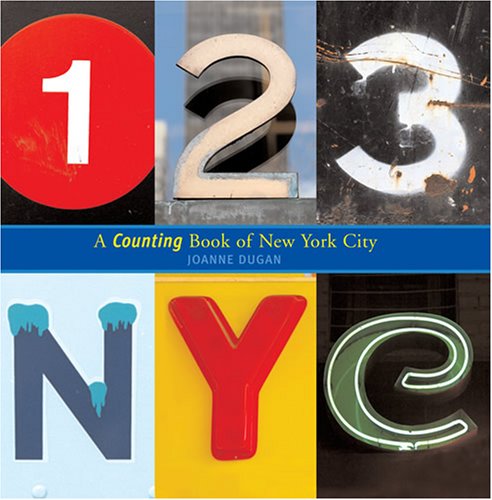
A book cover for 123 NYC: A Counting Book of New York City; Joanne Dugan; Children's Books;